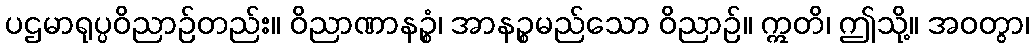
ပဌမာရုပ္ပဝိညာဉ်တည်း။ ဝိညာဏာနဉ္စံ၊ အာနဉ္စမည်သော ဝိညာဉ်။ ဣတိ၊ ဤသို့။ အဝတွာ၊